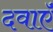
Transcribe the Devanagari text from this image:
दवाऍं